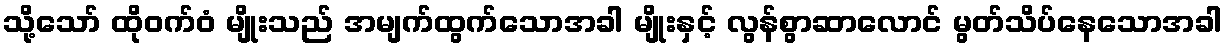
သို့သော် ထိုဝက်ဝံ မျိုးသည် အမျက်ထွက်သောအခါ မျိုးနှင့် လွန်စွာဆာလောင် မွတ်သိပ်နေသောအခါ